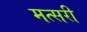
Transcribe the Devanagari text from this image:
मत्सरी